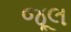
જૂલ